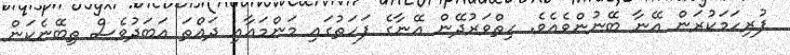
ފުރިހަމަކުރަން އޭނާ ބޭނުންވެއެވެ. ހިތްވަރުދޭން އޭނާގެ ފަހަތުގައި މަންމައާއި ދައްތަ އަބަދުވެސް ތިބޭނެކަން